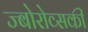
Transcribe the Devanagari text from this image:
ज्बोरोव्सकी